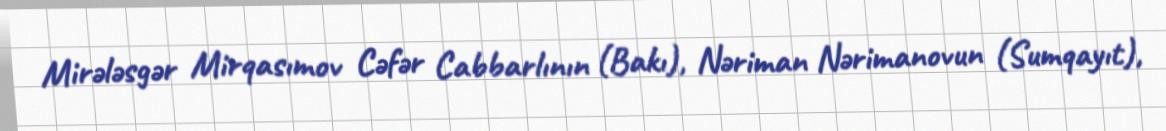
Mirələsgər Mirqasımov Cəfər Cabbarlının (Bakı), Nəriman Nərimanovun (Sumqayıt),